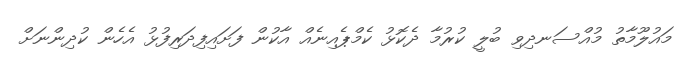
މައުލޫމާތު މުއްސަނދިވި ބުލީ ކުރުމާ ދެކޮޅު ކެމްޕެއިނެއް އާކުން ފަށައިފިދަރިފުޅު އެހެން ކުދިންނަށް